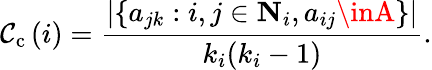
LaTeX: \mathcal{C}_{\mathrm{{{c}}}}\left(i\right)=\frac{{|\{ a_{jk}:i,j\in{\mathbf{{N}}}_{i},a_{ij}\inA\} |}}{{k_{i}(k_{i}-1)}}.